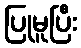
ပြုမူပြီး